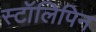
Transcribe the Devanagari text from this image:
स्टॉलिपिन